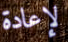
لإعادة